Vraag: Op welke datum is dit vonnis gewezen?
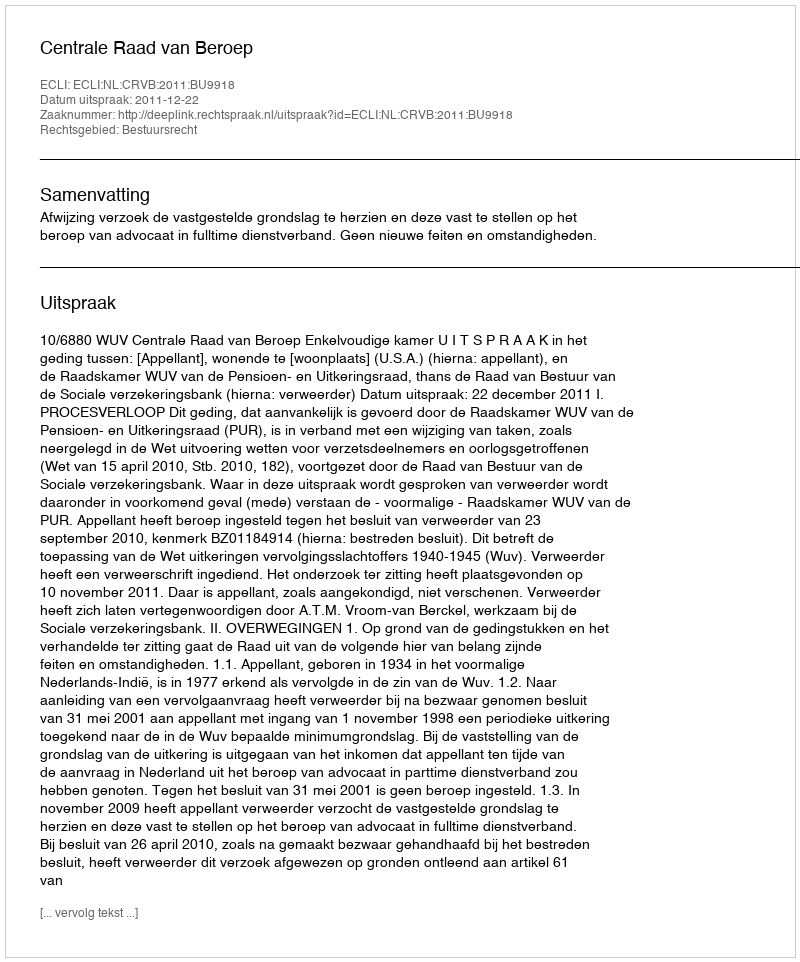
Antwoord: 2011-12-22